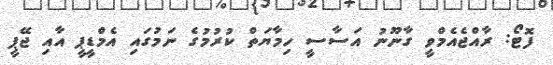
ފޮޓޯ: ރާއްޖެއެމްވީ ގާނޫނު އަސާސީ ހިމާޔަތް ކުރުމުގެ ނަމުގައި އެމްޑީޕީ އާއި ޖޭޕީ